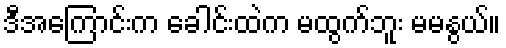
ဒီအကြောင်းက ခေါင်းထဲက မထွက်ဘူး မမနွယ်။